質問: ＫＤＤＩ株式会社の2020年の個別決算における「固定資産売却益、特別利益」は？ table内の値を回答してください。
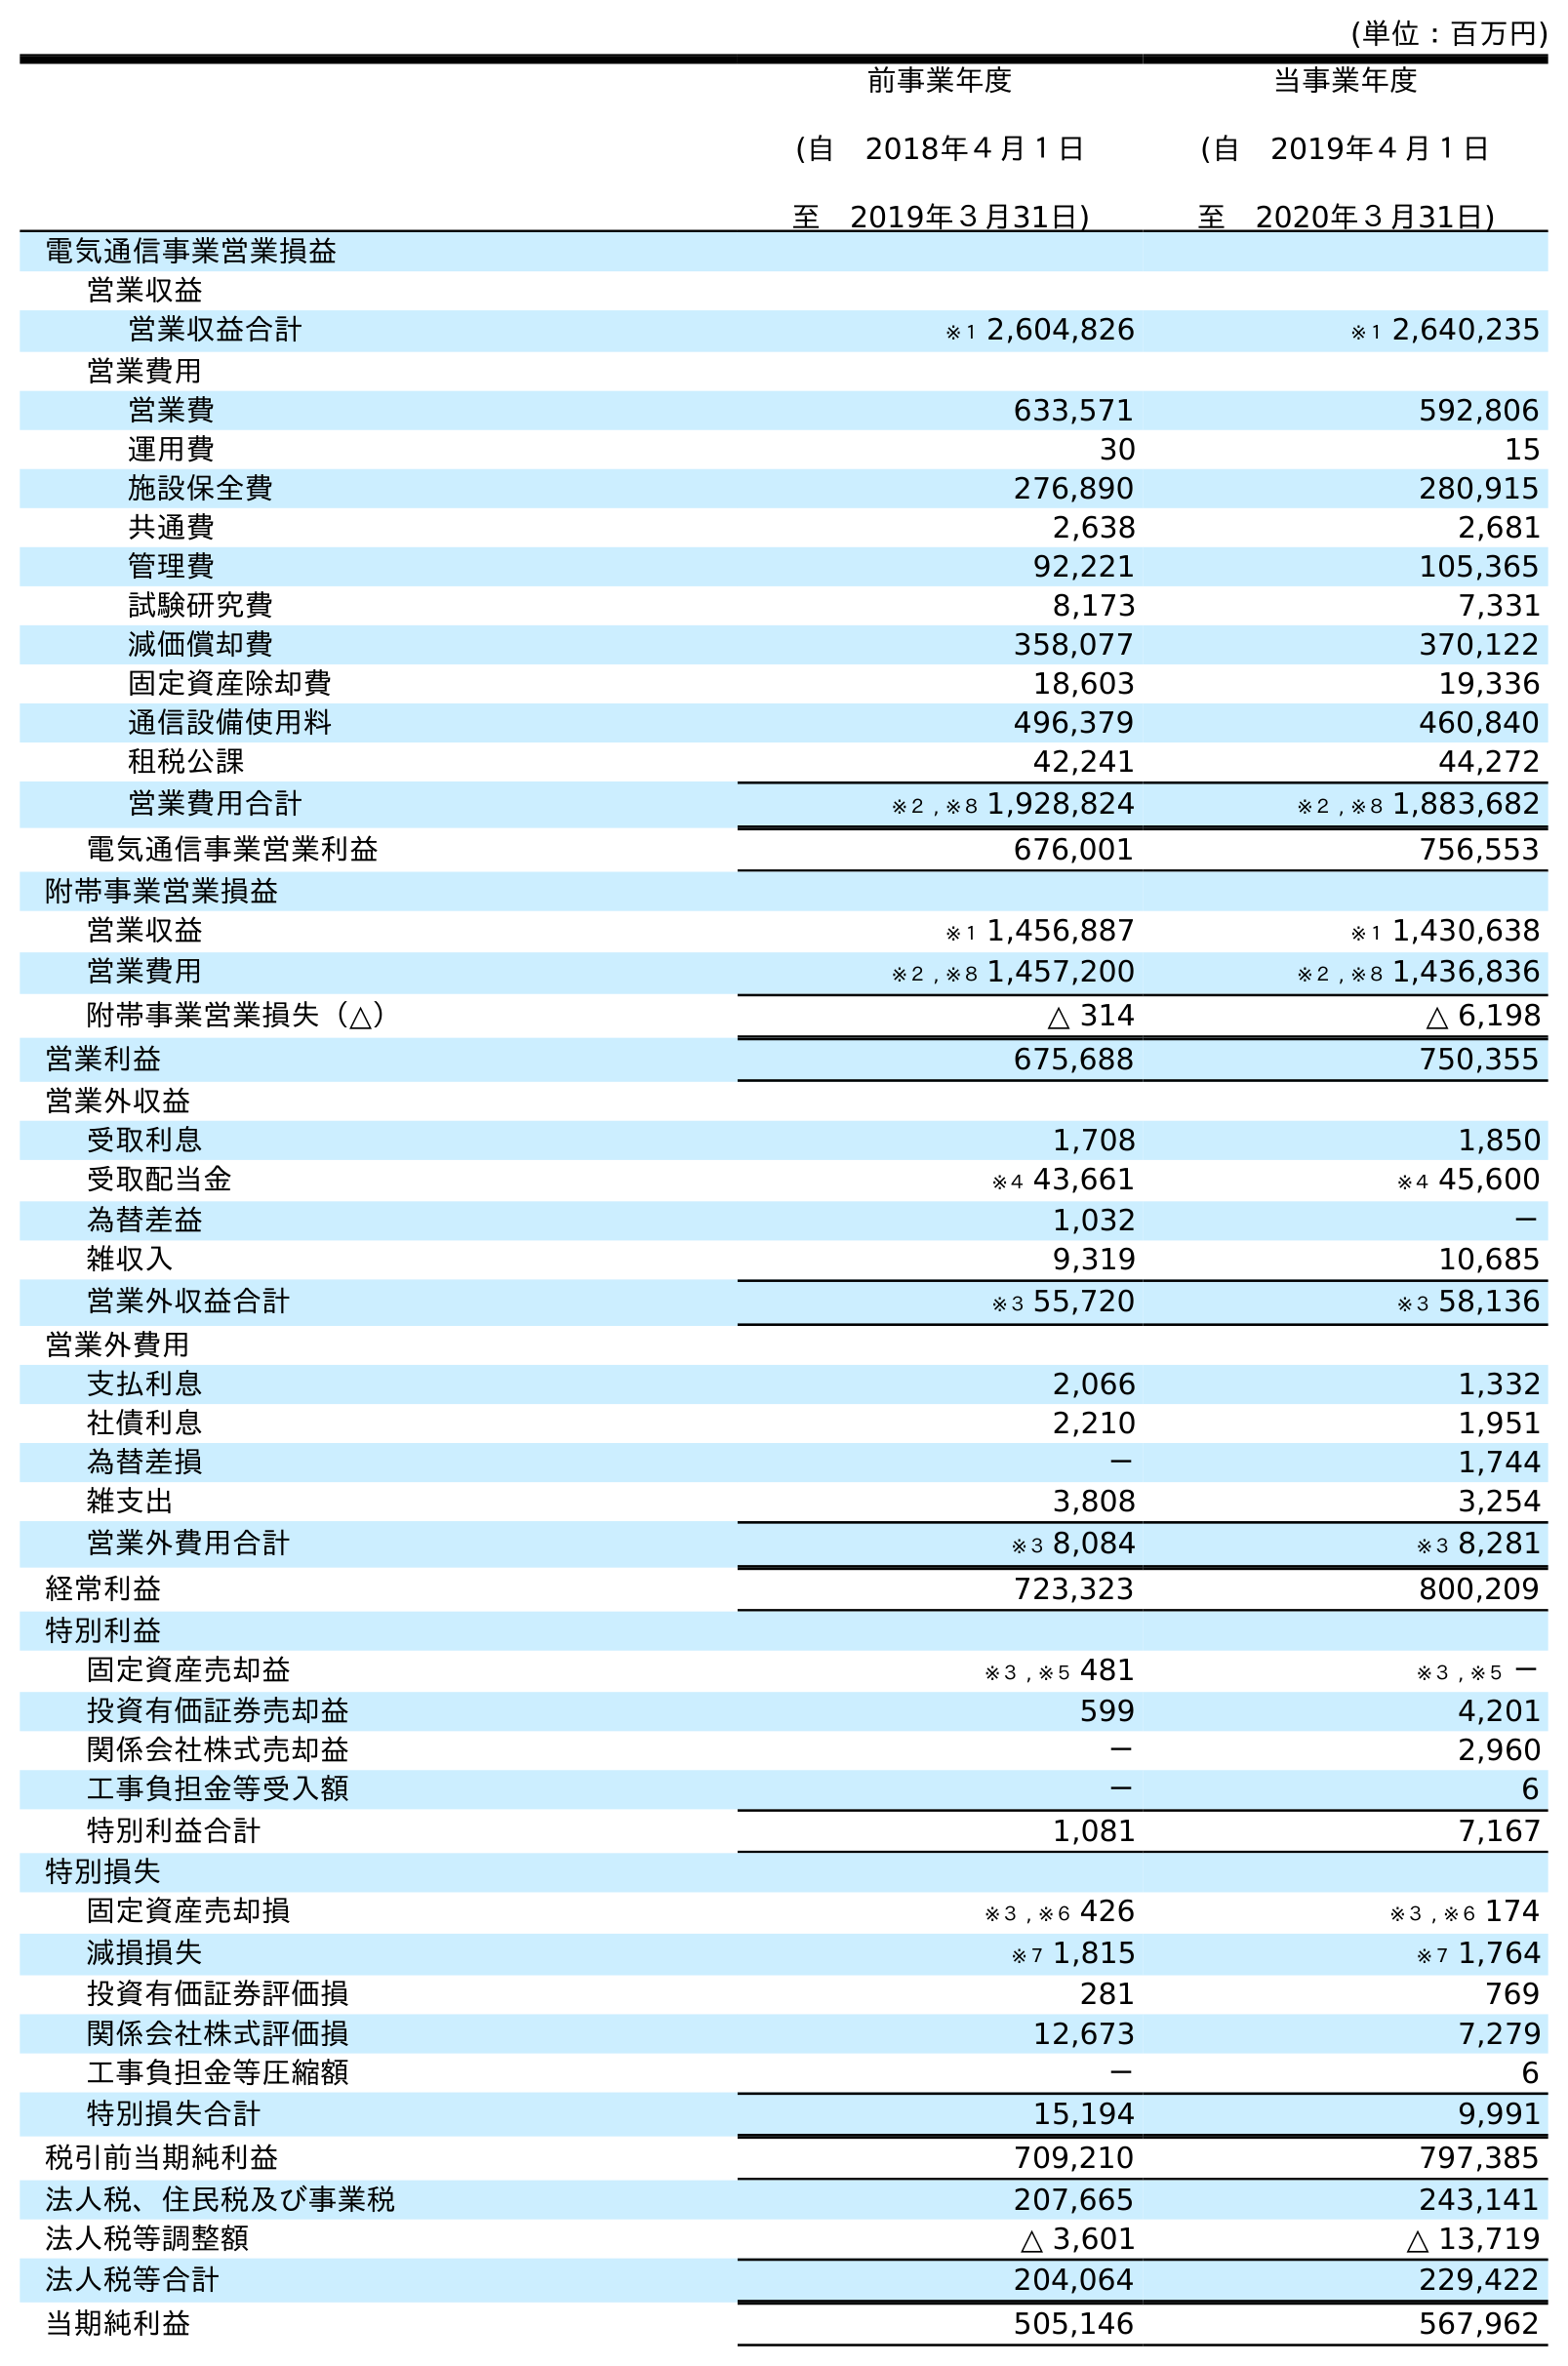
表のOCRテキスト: (単位：百万円) 前事業年度 (自 2018年４月１日 至 2019年３月31日) 当事業年度 (自 2019年４月１日 至 2020年３月31日) 電気通信事業営業損益 営業収益 営業収益合計 ※１ 2,604,826 ※１ 2,640,235 営業費用 営業費 633,571 592,806 運用費 30 15 施設保全費 276,890 280,915 共通費 2,638 2,681 管理費 92,221 105,365 試験研究費 8,173 7,331 減価償却費 358,077 370,122 固定資産除却費 18,603 19,336 通信設備使用料 496,379 460,840 租税公課 42,241 44,272 営業費用合計 ※２ , ※８ 1,928,824 ※２ , ※８ 1,883,682 電気通信事業営業利益 676,001 756,553 附帯事業営業損益 営業収益 ※１ 1,456,887 ※１ 1,430,638 営業費用 ※２ , ※８ 1,457,200 ※２ , ※８ 1,436,836 附帯事業営業損失（△） △ 314 △ 6,198 営業利益 675,688 750,355 営業外収益 受取利息 1,708 1,850 受取配当金 ※４ 43,661 ※４ 45,600 為替差益 1,032 － 雑収入 9,319 10,685 営業外収益合計 ※３ 55,720 ※３ 58,136 営業外費用 支払利息 2,066 1,332 社債利息 2,210 1,951 為替差損 － 1,744 雑支出 3,808 3,254 営業外費用合計 ※３ 8,084 ※３ 8,281 経常利益 723,323 800,209 特別利益 固定資産売却益 ※３ , ※５ 481 ※３ , ※５ － 投資有価証券売却益 599 4,201 関係会社株式売却益 － 2,960 工事負担金等受入額 － 6 特別利益合計 1,081 7,167 特別損失 固定資産売却損 ※３ , ※６ 426 ※３ , ※６ 174 減損損失 ※７ 1,815 ※７ 1,764 投資有価証券評価損 281 769 関係会社株式評価損 12,673 7,279 工事負担金等圧縮額 － 6 特別損失合計 15,194 9,991 税引前当期純利益 709,210 797,385 法人税、住民税及び事業税 207,665 243,141 法人税等調整額 △ 3,601 △ 13,719 法人税等合計 204,064 229,422 当期純利益 505,146 567,962
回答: ※３,※５－